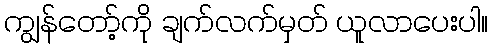
ကျွန်တော့်ကို ချက်လက်မှတ် ယူလာပေးပါ။